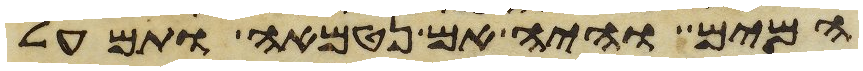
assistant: המים והיה אם נטמאה ותמעל